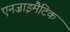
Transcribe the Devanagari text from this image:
एनज़ाइमैटिक